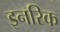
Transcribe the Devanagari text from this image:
इनरिक